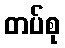
တပ်စု